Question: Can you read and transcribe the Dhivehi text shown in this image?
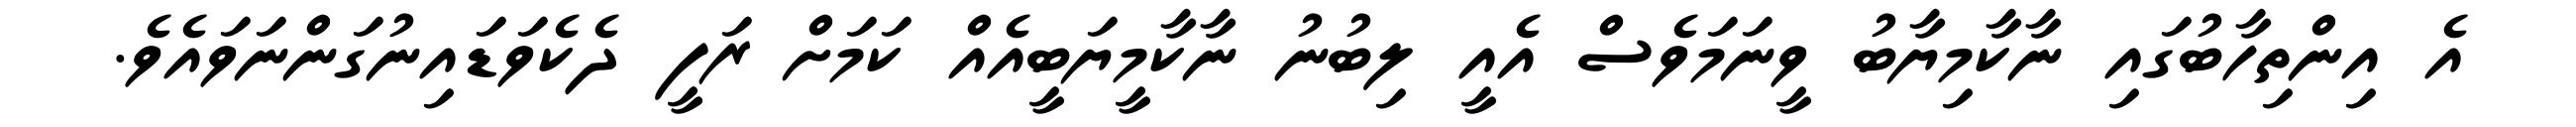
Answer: އެ އިންތިހާބުގައި ނާކާމިޔާބު ވީނަމަވެސް އެއީ ލިބުނު ނާކާމީޔަބީއެއް ކަމަށް ރަފީ ދެކެވަޑައިނުގަންނަވައެވެ.